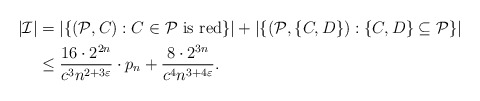
\begin{align*}\left|\mathcal{I}\right| & =\left|\{(\mathcal{P},C):C\in\mathcal{P}\mbox{ is red}\}\right|+\left|\{(\mathcal{P},\{C,D\}):\{C,D\}\subseteq\mathcal{P}\}\right|\\& \leq\frac{16\cdot2^{2n}}{c^{3}n^{2+3\varepsilon}}\cdot p_{n}+\frac{8\cdot2^{3n}}{c^{4}n^{3+4\varepsilon}}.\end{align*}